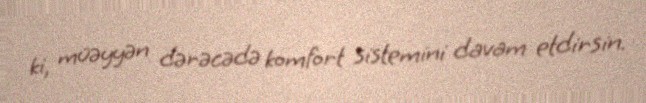
ki, müəyyən dərəcədə komfort sistemini davam etdirsin.